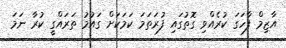
އާޒިމް ފާހަގަ ކުރެއްވި ގޮތުގައި ފުރަތަމަ ކަމަކަށް ގައުމު ތަރައްގީ ކުރާ ނަމަ